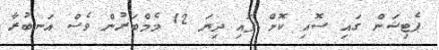
ޕެޓިޝަން ގައި ސޮއި ކޮށް ފައި ދިޔަ 12 މެމްބަރުން ވެސް އަނބުރާ